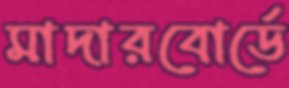
মাদারবোর্ডে